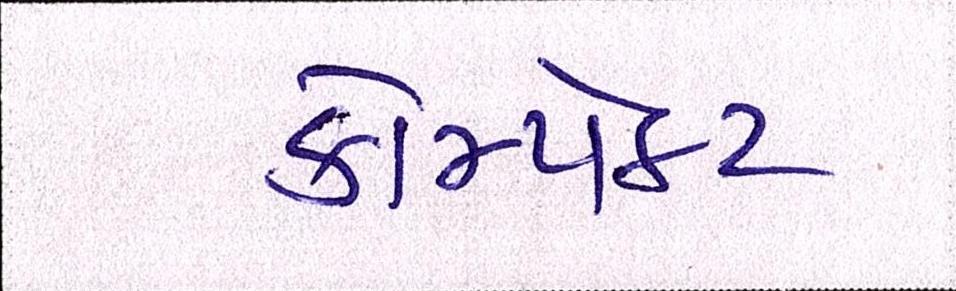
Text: કોમ્પેક્ટ